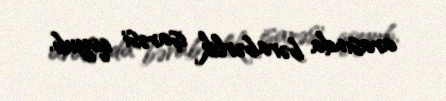
arasında bərabərlik işarəsi qoyub.